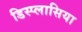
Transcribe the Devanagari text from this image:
डिस्प्लासिया